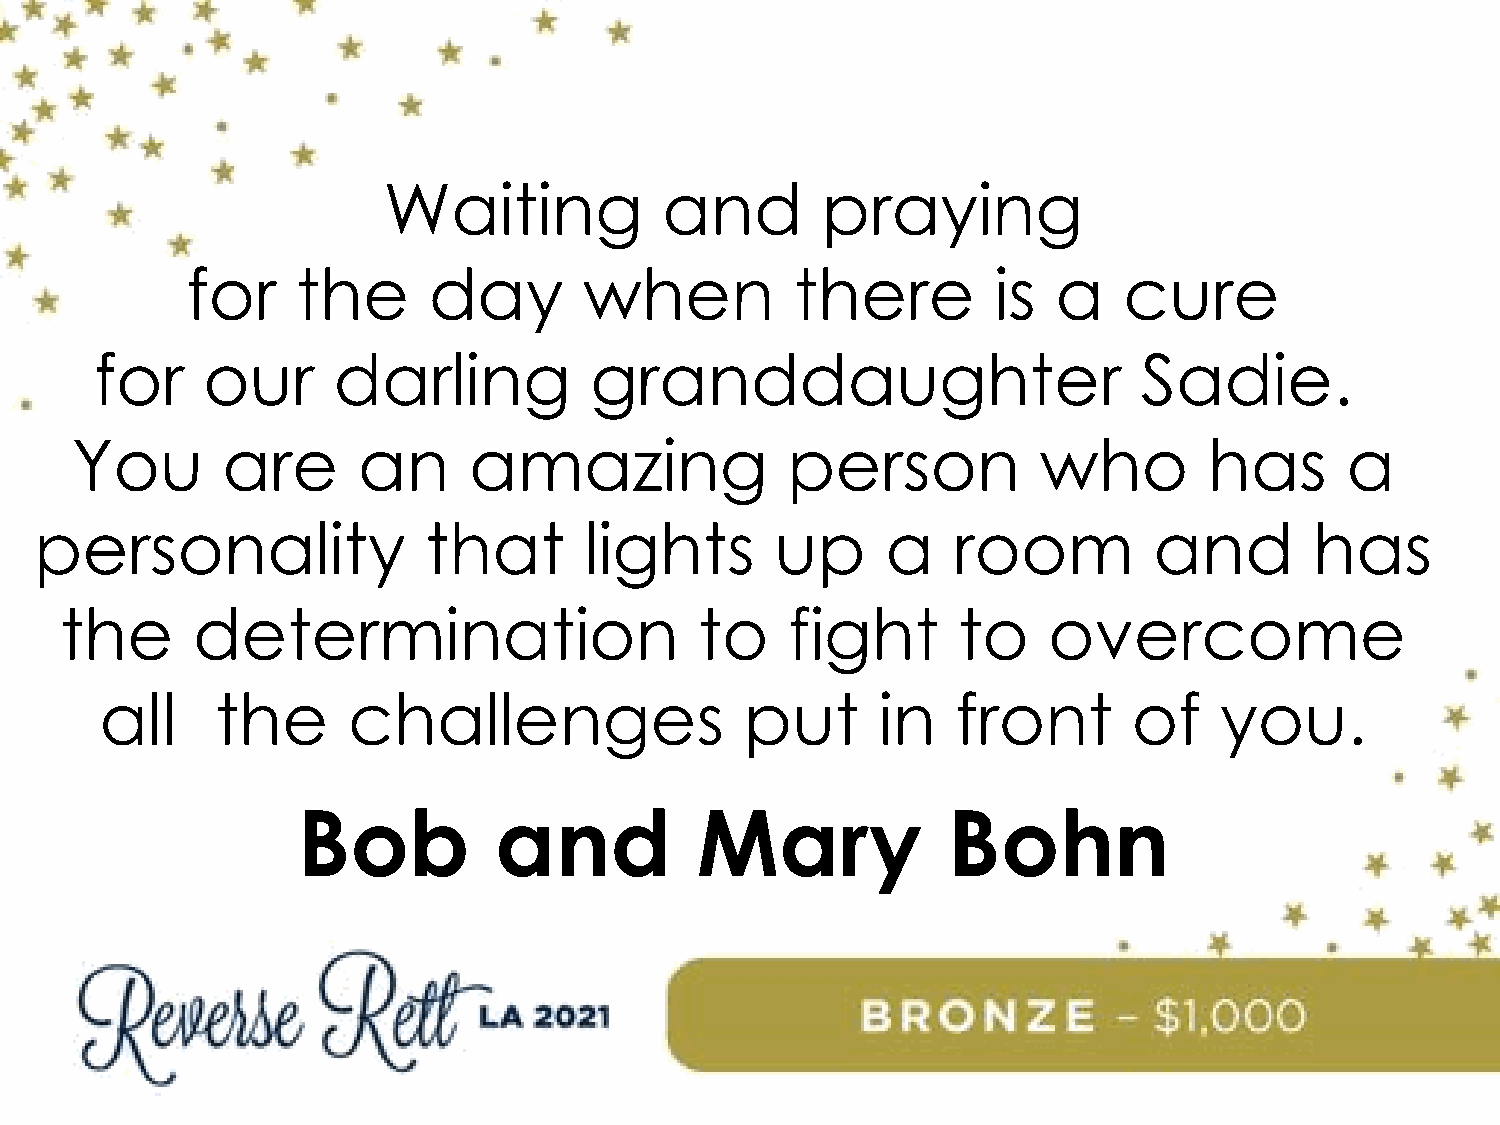
Waiting            and       praying
 for     the     day        when          there        is  a   cure
 for    our      darling          granddaughter                        Sadie.
 You       are      an     amazing              person           who        has      a
 personality               that       lights      up      a   room         and        has
 the      determination                    to    fight      to    overcome
 all    the      challenges                put      in   front       of    you.
 Bob          and          Mary             Bohn